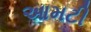
આમટી